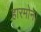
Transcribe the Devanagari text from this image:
हारमोन।